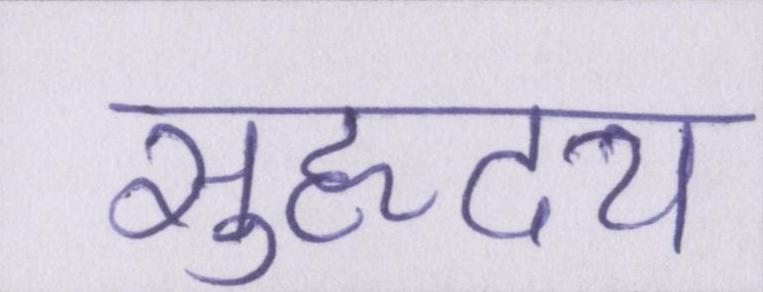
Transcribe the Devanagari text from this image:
सुहृदय